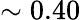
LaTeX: \sim 0.40